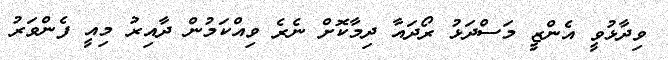
ވިދާޅުވީ އެންޒީ މަސްދަޅު ރޯދައާ ދިމާކޮށް ނެރެ ވިއްކަމުން ދާއިރު މިއީ ފެންވަރު